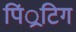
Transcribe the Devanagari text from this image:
पिं्रटिग